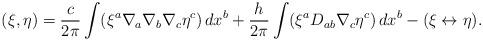
LaTeX: \begin{align*}(\xi,\eta) = \frac{c}{2\pi} \int (\xi^a \nabla_a \nabla_b \nabla_c\eta^c)\,dx^b + \frac{h}{2\pi} \int (\xi^a D_{a b} \nabla_c \eta^c )\, dx^b -(\xi\leftrightarrow \eta).\end{align*}